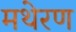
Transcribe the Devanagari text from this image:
मथेरण